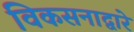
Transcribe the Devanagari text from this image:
विकसनाद्वारे